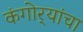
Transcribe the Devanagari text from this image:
कंगोर्‍यांचा